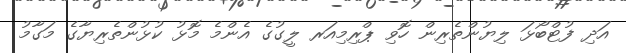
އަދި ފުޓްބޯޅަ ލިޔުންތެރިން ހޮވި ޕްރިމިއަރ ލީގުގެ އެންމެ މޮޅު ކުޅުންތެރިޔާގެ މަގާމު